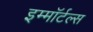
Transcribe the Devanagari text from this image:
इम्माॅर्टल्स